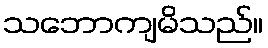
သဘောကျမိသည်။